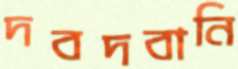
দবদবানি